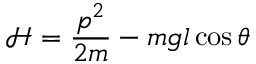
\mathcal { H } = \frac { p ^ { 2 } } { 2 m } - m g l \cos { \theta }